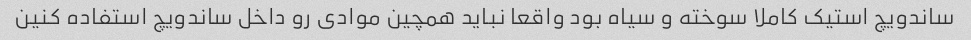
ساندویچ استیک کاملا سوخته و سیاه بود واقعا نباید همچین موادی رو داخل ساندویچ استفاده کنین